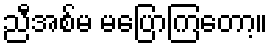
ညီအစ်မ မပြောကြတော့။